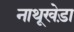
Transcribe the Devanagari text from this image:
नाथूखेड़ा